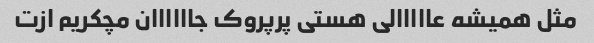
مثل همیشه عااااالی هستی پرپروک جاااااان مچکریم ازت